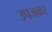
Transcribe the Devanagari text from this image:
उपजकर